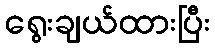
ရွေးချယ်ထားပြီး